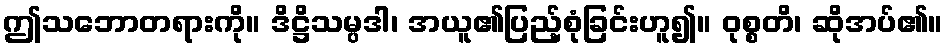
ဤသဘောတရားကို။ ဒိဋ္ဌိသမ္ပဒါ၊ အယူ၏ပြည့်စုံခြင်းဟူ၍။ ဝုစ္စတိ၊ ဆိုအပ်၏။